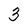
Character: 3